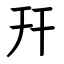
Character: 幵